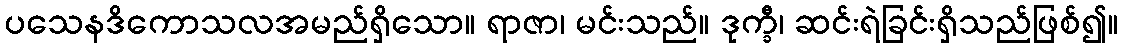
ပသေနဒိကောသလအမည်ရှိသော။ ရာဇာ၊ မင်းသည်။ ဒုက္ခီ၊ ဆင်းရဲခြင်းရှိသည်ဖြစ်၍။